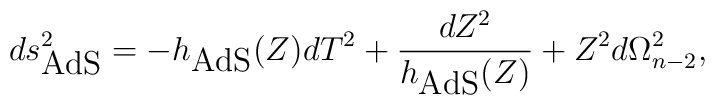
ds^2_\textrm{AdS}=-h_\textrm{AdS}(Z)dT^2+\frac{dZ^2}{h_\textrm{AdS}(Z)}+Z^2 d\Omega_{n-2}^2,